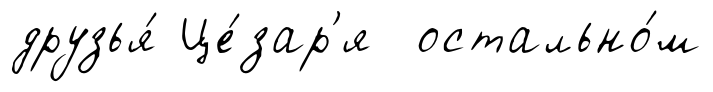
друзья́ Це́зар'я остально́м